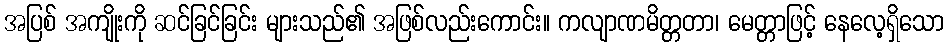
အပြစ် အကျိုးကို ဆင်ခြင်ခြင်း များသည်၏ အဖြစ်လည်းကောင်း။ ကလျာဏမိတ္တတာ၊ မေတ္တာဖြင့် နေလေ့ရှိသော